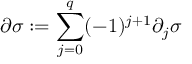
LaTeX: \partial \sigma : = \sum _ { j = 0 } ^ { q } ( - 1 ) ^ { j + 1 } \partial _ { j } \sigma